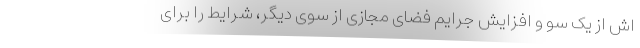
اش از یک سو و افزایش جرایم فضای مجازی از سوی دیگر، شرایط را برای